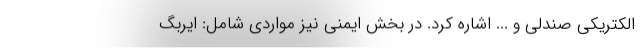
الکتریکی صندلی و ... اشاره کرد. در بخش ایمنی نیز مواردی شامل: ایربگ